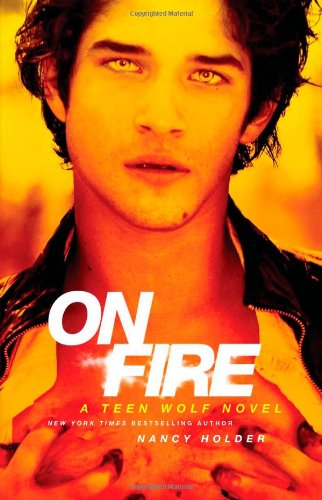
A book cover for On Fire: A Teen Wolf Novel; Nancy Holder; Teen & Young Adult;